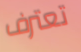
تعترف